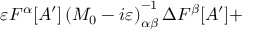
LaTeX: \varepsilon F ^ { \alpha } [ A ^ { \prime } ] \left( M _ { 0 } - i \varepsilon \right) _ { \alpha \beta } ^ { - 1 } \Delta F ^ { \beta } [ A ^ { \prime } ] +